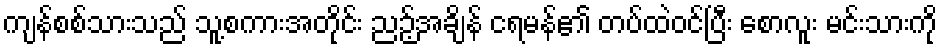
ကျန်စစ်သားသည် သူ့စကားအတိုင်း ညဉ့်အချိန် ငရမန်၏ တပ်ထဲဝင်ပြီး စောလူး မင်းသားကို